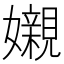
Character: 𡤅